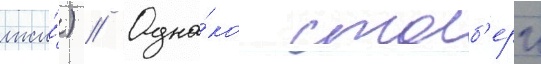
лжи́) // Одна́ко столб'ерг